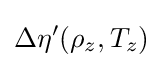
\Delta \eta '(\rho _{z},T_{z})